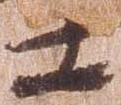
士